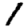
Digit: 1